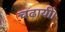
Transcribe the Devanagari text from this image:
चढ़ायीं।